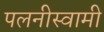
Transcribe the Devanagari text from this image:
पलनीस्वामी